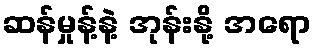
ဆန်မှုန့်နဲ့ အုန်းနို့ အရော